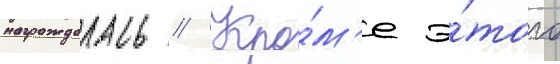
награждалась // Кро́м'е э́того